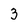
Character: 3